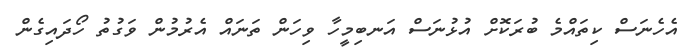
އެހެނަސް ކިތައްމެ ބުރަކޮށް އުޅުނަސް އަނބިމީހާ ވިހަން ތަނައް އެރުމުން ވަގުތު ހޯދައިގެން